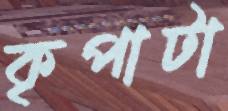
কৃপাটা